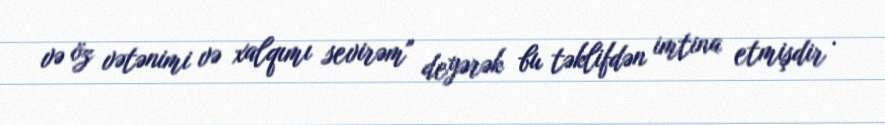
və öz vətənimi və xalqımı sevirəm" deyərək bu təklifdən imtina etmişdir .